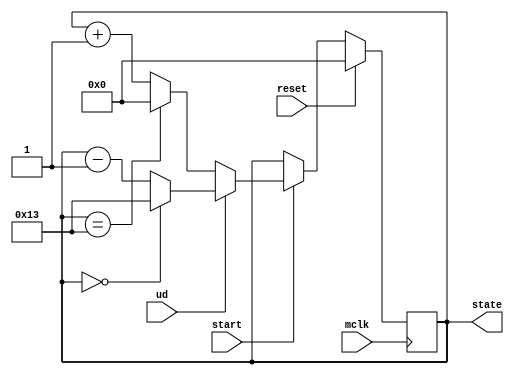
module counter20 (start, ud, mclk, reset, state);
  input start, ud, mclk, reset;
  output [4:0] state;
  reg [4:0] state, next_state;

  always @(posedge mclk) begin
         if(reset)
           state <= 5'b00000;
         else
           state <= next_state;
  end

  always @(start or ud or mclk) begin
         if (start)
           if (ud)
             if (state == 5'b00000)
                    next_state <= 5'b10011;
              else
                    next_state <= state - 5'b00001;
           else
             if (state == 5'b10011)
                    next_state <= 5'b00000;
             else
                    next_state <= state + 5'b00001;
         else
			  next_state <= state;
	end
 endmodule